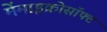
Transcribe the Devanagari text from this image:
मेंमाइक्रोसॉफ्ट